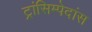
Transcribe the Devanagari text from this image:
ट्रांसिम्पेदांस